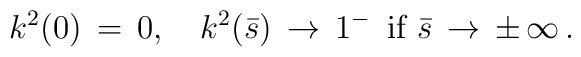
k^2(0)\,=\,0, \quad k^2(\bar s)\,\to \,1^-\,\mbox{ if }\bar s \,\to \,\pm\,\infty\,{.}